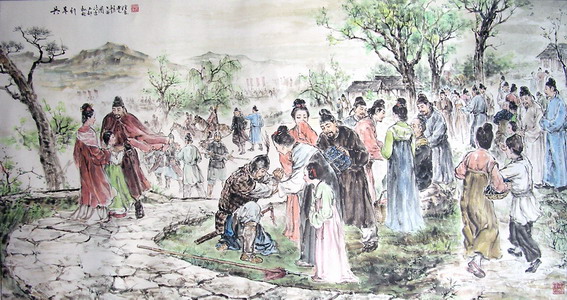
牵衣顿足拦道哭，哭声直上干云霄。